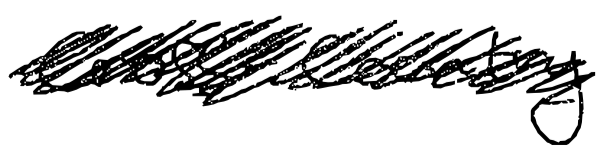
Text: cross-country
Cross-out: mix
Writing tool: digital_black